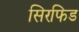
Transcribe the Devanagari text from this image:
सिरफिड